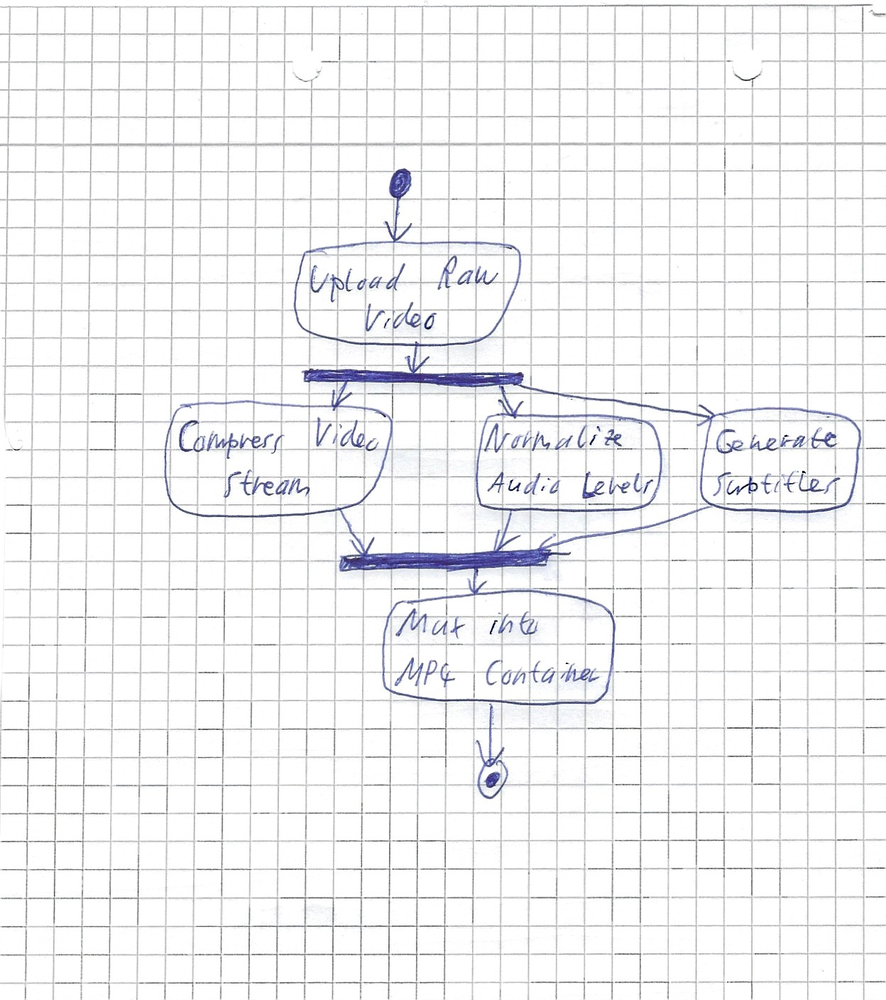
Diagram type: activity_diagram
```plantuml
@startuml

start
:Upload Raw Video;
fork
  :Compress Video Stream;
fork again
  :Normalize Audio Levels;
fork again
  :Generate Subtitles;
end fork
:Mux into MP4 Container;
stop

@enduml
```